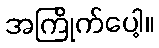
အကြိုက်ပေါ့။